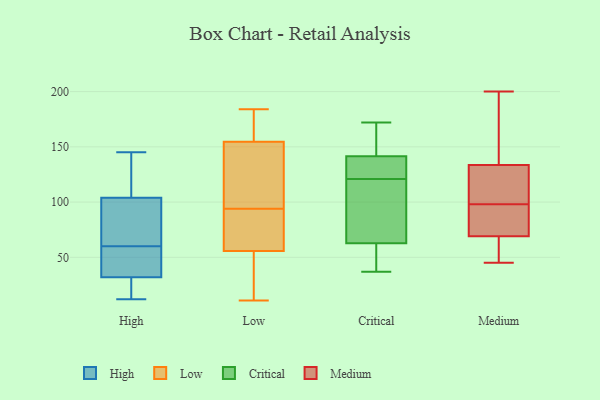
{"axis": {"x": "Website Visitors", "y": "Value"}, "legend": ["Critical", "High", "Low", "Medium"], "data": [{"x": "", "y": 109, "type": "High"}, {"x": "", "y": 145, "type": "High"}, {"x": "", "y": 21, "type": "High"}, {"x": "", "y": 46, "type": "High"}, {"x": "", "y": 40, "type": "High"}, {"x": "", "y": 107, "type": "High"}, {"x": "", "y": 101, "type": "High"}, {"x": "", "y": 16, "type": "High"}, {"x": "", "y": 144, "type": "High"}, {"x": "", "y": 82, "type": "High"}, {"x": "", "y": 12, "type": "High"}, {"x": "", "y": 68, "type": "High"}, {"x": "", "y": 33, "type": "High"}, {"x": "", "y": 31, "type": "High"}, {"x": "", "y": 71, "type": "High"}, {"x": "", "y": 52, "type": "High"}, {"x": "", "y": 162, "type": "Low"}, {"x": "", "y": 55, "type": "Low"}, {"x": "", "y": 83, "type": "Low"}, {"x": "", "y": 74, "type": "Low"}, {"x": "", "y": 184, "type": "Low"}, {"x": "", "y": 150, "type": "Low"}, {"x": "", "y": 156, "type": "Low"}, {"x": "", "y": 101, "type": "Low"}, {"x": "", "y": 13, "type": "Low"}, {"x": "", "y": 94, "type": "Low"}, {"x": "", "y": 164, "type": "Low"}, {"x": "", "y": 58, "type": "Low"}, {"x": "", "y": 108, "type": "Low"}, {"x": "", "y": 11, "type": "Low"}, {"x": "", "y": 43, "type": "Low"}, {"x": "", "y": 37, "type": "Critical"}, {"x": "", "y": 39, "type": "Critical"}, {"x": "", "y": 121, "type": "Critical"}, {"x": "", "y": 134, "type": "Critical"}, {"x": "", "y": 144, "type": "Critical"}, {"x": "", "y": 164, "type": "Critical"}, {"x": "", "y": 83, "type": "Critical"}, {"x": "", "y": 98, "type": "Critical"}, {"x": "", "y": 172, "type": "Critical"}, {"x": "", "y": 56, "type": "Critical"}, {"x": "", "y": 129, "type": "Critical"}, {"x": "", "y": 82, "type": "Medium"}, {"x": "", "y": 93, "type": "Medium"}, {"x": "", "y": 98, "type": "Medium"}, {"x": "", "y": 172, "type": "Medium"}, {"x": "", "y": 141, "type": "Medium"}, {"x": "", "y": 72, "type": "Medium"}, {"x": "", "y": 119, "type": "Medium"}, {"x": "", "y": 147, "type": "Medium"}, {"x": "", "y": 58, "type": "Medium"}, {"x": "", "y": 68, "type": "Medium"}, {"x": "", "y": 200, "type": "Medium"}, {"x": "", "y": 132, "type": "Medium"}, {"x": "", "y": 52, "type": "Medium"}, {"x": "", "y": 46, "type": "Medium"}, {"x": "", "y": 134, "type": "Medium"}, {"x": "", "y": 45, "type": "Medium"}, {"x": "", "y": 122, "type": "Medium"}, {"x": "", "y": 130, "type": "Medium"}, {"x": "", "y": 79, "type": "Medium"}]}